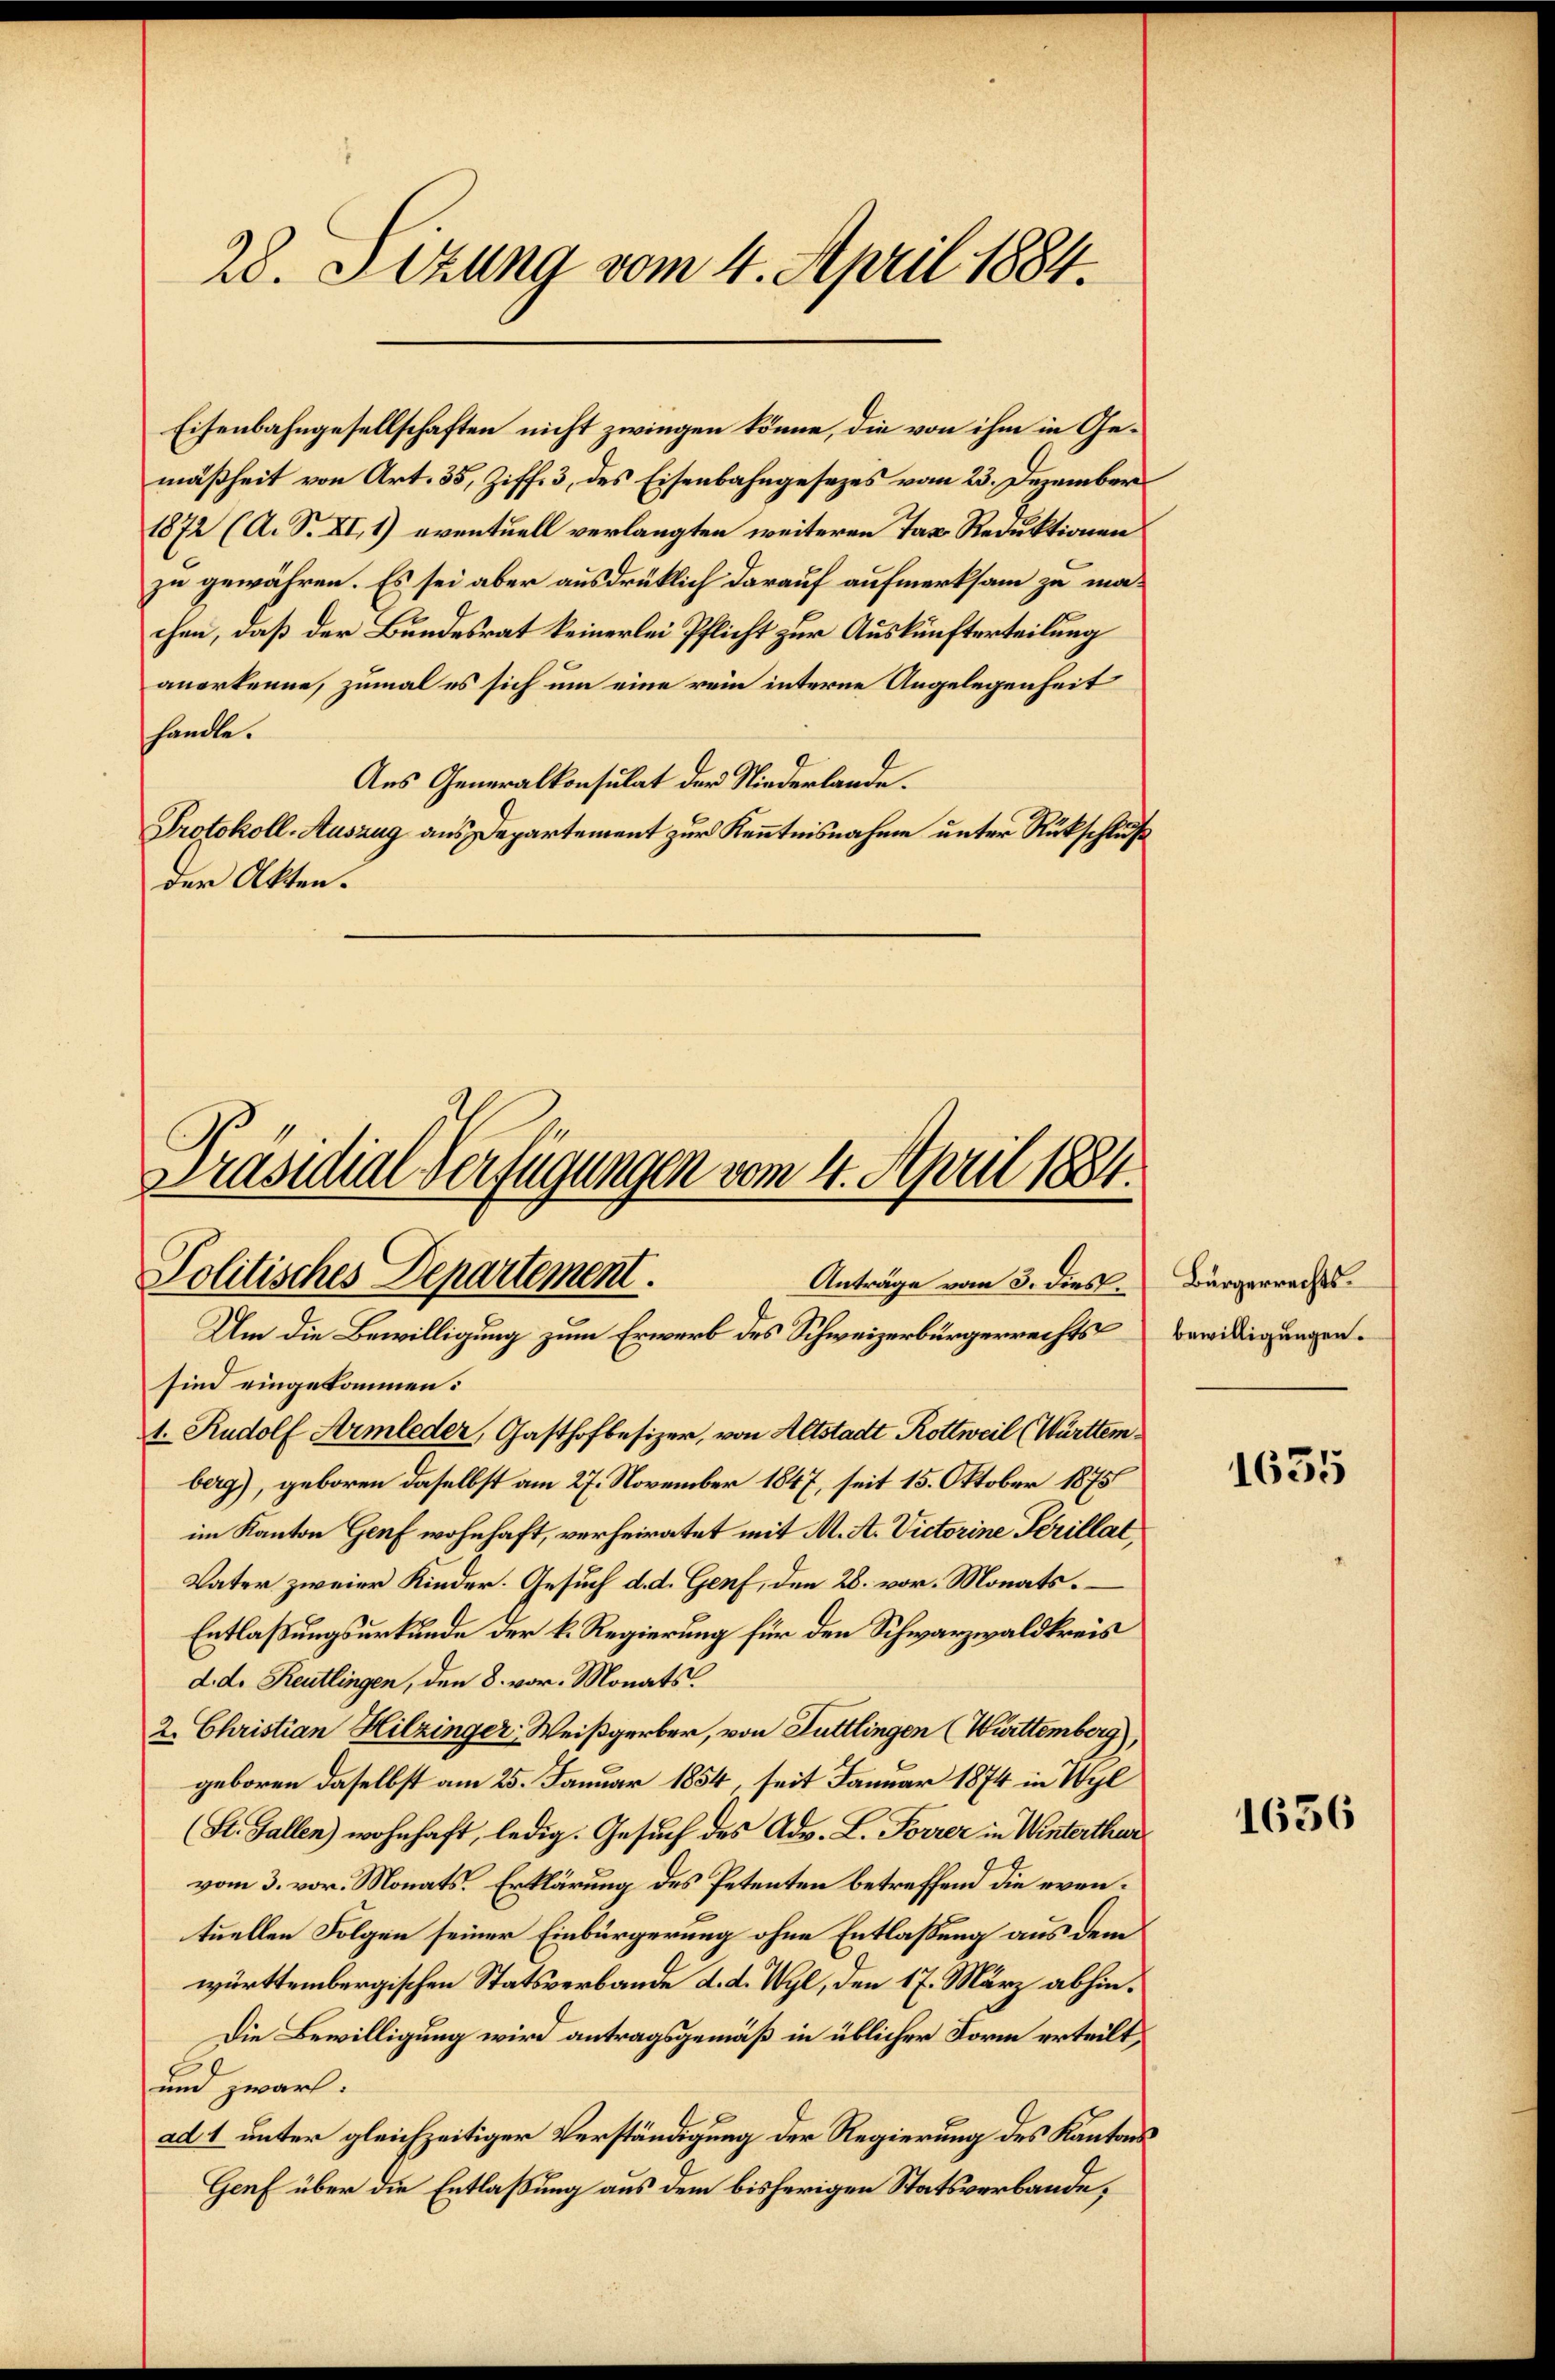
28. Sizung vom 4. April 1884.

Eisenbahngesellschaften nicht zwingen könne, die von ihm in Gemäßheit von Art. 35, Ziff. 3, des Eisenbahngesezes vom 23. Dezember
1872 (A. S. XI. 1) eventuell verlangten weiteren Tax Reduktionen
zu gewähren. Es sei aber ausdrüklich darauf aufmerksam zu machen, daß der Bundesrat keinerlei Pflicht zur Auskünfterteilung
anerkenne, zumal es sich um eine rein interne Angelegenheit
handle.
Aus Generalkonsulat der Niederlande.
Protokoll-Auszug aus Departement zur Kenntnisnahme unter Rückschluß
der Akten.

Präsidial-Verfügungen vom 4. April 1884.
Politisches Departement.
Anträge vom 3. dies

Um die Bewilligung zum Erwerb des Schweizerbürgerrechts
sind eingekommen.
1. Rudolf Armleder, Gasthofbesizer, von Altstadt Rottweil (Württemberg), geboren daselbst am 27. November 1847, seit 15. Oktober 1875
im Kanton Genf wohnhaft, verheiratet mit M. A. Victorine Perillat,
Vater zweier Kinder. Gesuch d. d. Genf, den 28. vor. Monats¬
Entlaßungsurkunde der k. Regierung für den Schwarzwaldkreis
d. d. Reutlingen, den 8. vor. Monats
2. Christian Hitzinger Weißgerber, von Tuttlingen (Württemberg),
geboren daselbst am 25. Januar 1854, seit Januar 1874 in Wyl
(St. Gallen) wohnhaft, ledig. Gesuch des Adv. L. Forrer in Winterthur
vom 3. vor. Monats. Erklärung des Petenten betreffend die eventuellen Folgen seiner Einbürgerung ohne Entlaßung aus dem
württembergischen Statsverbande d. d. Wyl, den 17. März abhin¬
Die Bewilligung wird antragsgemäß in üblicher Form erteilt,
und zwarf.
ad 1 unter gleichzeitiger Verständigung der Regierung des Kantons
Genf über die Entlaßung aus dem bisherigen Statsverbande,

Bürgerrechts-
bewilligungen.

1635

1636